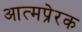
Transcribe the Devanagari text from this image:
आत्मप्रेरक